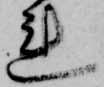
れ